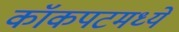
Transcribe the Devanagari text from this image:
कॉकपटमध्ये